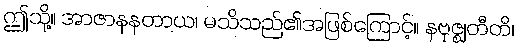
ဤသို့။ အာဇာနနတာယ၊ မသိသည်၏အဖြစ်ကြောင့်။ နဗုဇ္ဈတီတိ၊